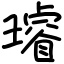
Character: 璿